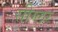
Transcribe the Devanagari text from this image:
सीग्लर